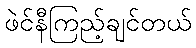
ဖဲင်နီကြည့်ချင်တယ်